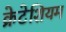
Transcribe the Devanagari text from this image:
क्रेटेशियम